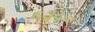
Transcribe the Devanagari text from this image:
६३५०